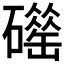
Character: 𥖴